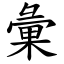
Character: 彙